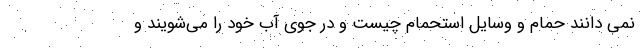
نمی دانند حمام و وسایل استحمام چیست و در جوی آب خود را می‌شویند و